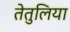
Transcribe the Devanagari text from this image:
तेतुलिया